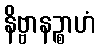
နိဗ္ဗာနဉ္စာဟံ